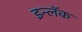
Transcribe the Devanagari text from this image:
इन्लॅक